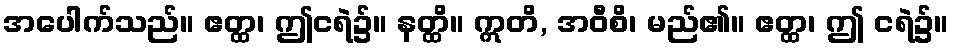
အပေါက်သည်။ ဧတ္ထ၊ ဤငရဲ၌။ နတ္ထိ။ ဣတိ, အဝီစိ၊ မည်၏။ ဧတ္ထ၊ ဤ ငရဲ၌။